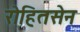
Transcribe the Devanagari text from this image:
रोहितसेन